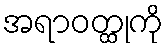
အရာဝတ္ထုကို